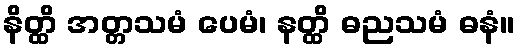
နိတ္ထိ အတ္တသမံ ပေမံ၊ နတ္ထိ ဓညသမံ ဓနံ။